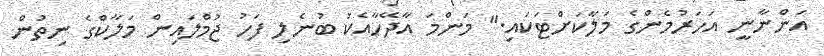
އަންނާނީ އަހަރުމެންގެ މަލާކަށްޓަކައި." މަންމަ އާދޭހާއެކު ބުނެލި ފަހު ޖުމްލައިން މަލާކްގެ ނިތުން